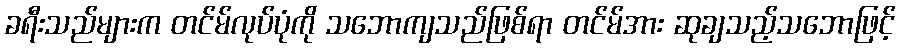
ခရီးသည်များက တင်မ်လုပ်ပုံကို သဘောကျသည်ဖြစ်ရာ တင်မ်အား ဆုချသည့်သဘောဖြင့်